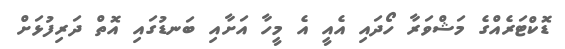
ޑޮކްޓަރެއްގެ މަޝްވަރާ ހޯދައި އެއީ އެ މީހާ އަށާއި ބަނޑުގައި އޮތް ދަރިފުޅަށް